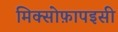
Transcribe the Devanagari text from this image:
मिक्सोफ़ापइसी